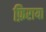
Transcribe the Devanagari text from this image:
फ़िराया